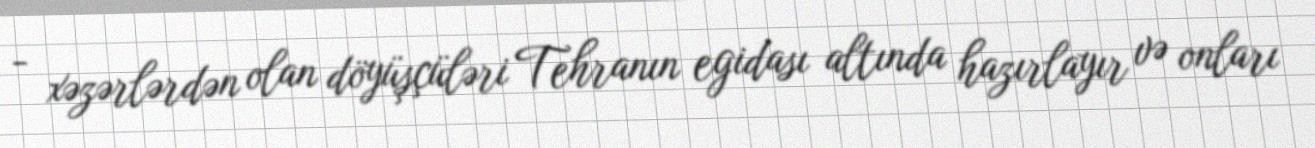
- xəzərlərdən olan döyüşçüləri Tehranın egidası altında hazırlayır və onları